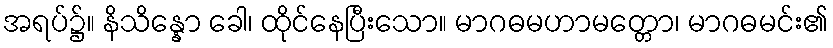
အရပ်၌။ နိသိန္နော ခေါ၊ ထိုင်နေပြီးသော။ မာဂဓမဟာမတ္တော၊ မာဂဓမင်း၏